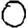
Digit: 0